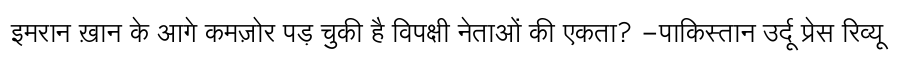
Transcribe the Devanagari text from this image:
इमरान ख़ान के आगे कमज़ोर पड़ चुकी है विपक्षी नेताओं की एकता? -पाकिस्तान उर्दू प्रेस रिव्यू